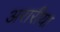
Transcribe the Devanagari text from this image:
अरारीया